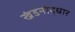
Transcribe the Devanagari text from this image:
खंडनोद्धार